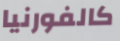
كالفورنيا